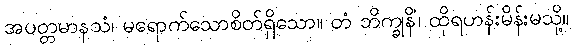
အပတ္တမာနသံ၊ မရောက်သောစိတ်ရှိသော။ တံ ဘိက္ခုနိံ၊ ထိုရဟန်းမိန်းမသို့။